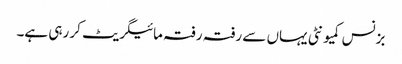
بزنس کمیونٹی یہاں سے رفتہ رفتہ مائیگریٹ کر رہی ہے۔